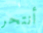
أنتحر